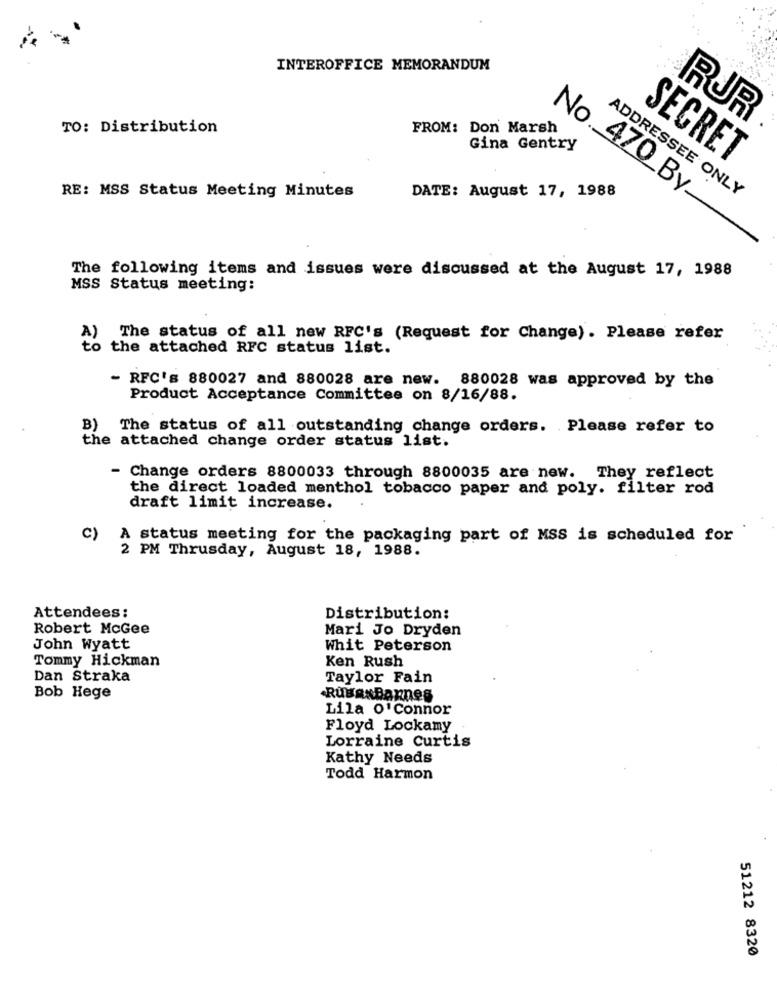
INTEROFFICE MEMORANDUM
RUR
TO: Distribution
FROM: Don Marsh
Gina Gentry
SECRET
RE: MSS Status Meeting Minutes
DATE: August 17, 1988
ADDRESSEE ONLY
No ._ 470_By __
The following items and issues were discussed at the August 17, 1988
MSS Status meeting:
A)
The status of all new RFC's (Request for Change). Please refer
to the attached RFC status list.
- RFC's 880027 and 880028 are new. 880028 was approved by the
Product Acceptance Committee on 8/16/88.
B) The status of all outstanding change orders. Please refer to
the attached change order status list.
- Change orders 8800033 through 8800035 are new. They reflect
the direct loaded menthol tobacco paper and poly. filter rod
draft limit increase.
c)
A status meeting for the packaging part of MSS is scheduled for
2 PM Thrusday, August 18, 1988.
Attendees:
Distribution:
Robert McGee
Mari Jo Dryden
John Wyatt
Whit Peterson
Tommy Hickman
Ken Rush
Dan Straka
Taylor Fain
Bob Hege
RusaxBannes
Lila O'connor
Floyd Lockamy
Lorraine Curtis
Kathy Needs
Todd Harmon
51212 8320